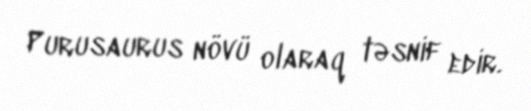
Purusaurus növü olaraq təsnif edir.